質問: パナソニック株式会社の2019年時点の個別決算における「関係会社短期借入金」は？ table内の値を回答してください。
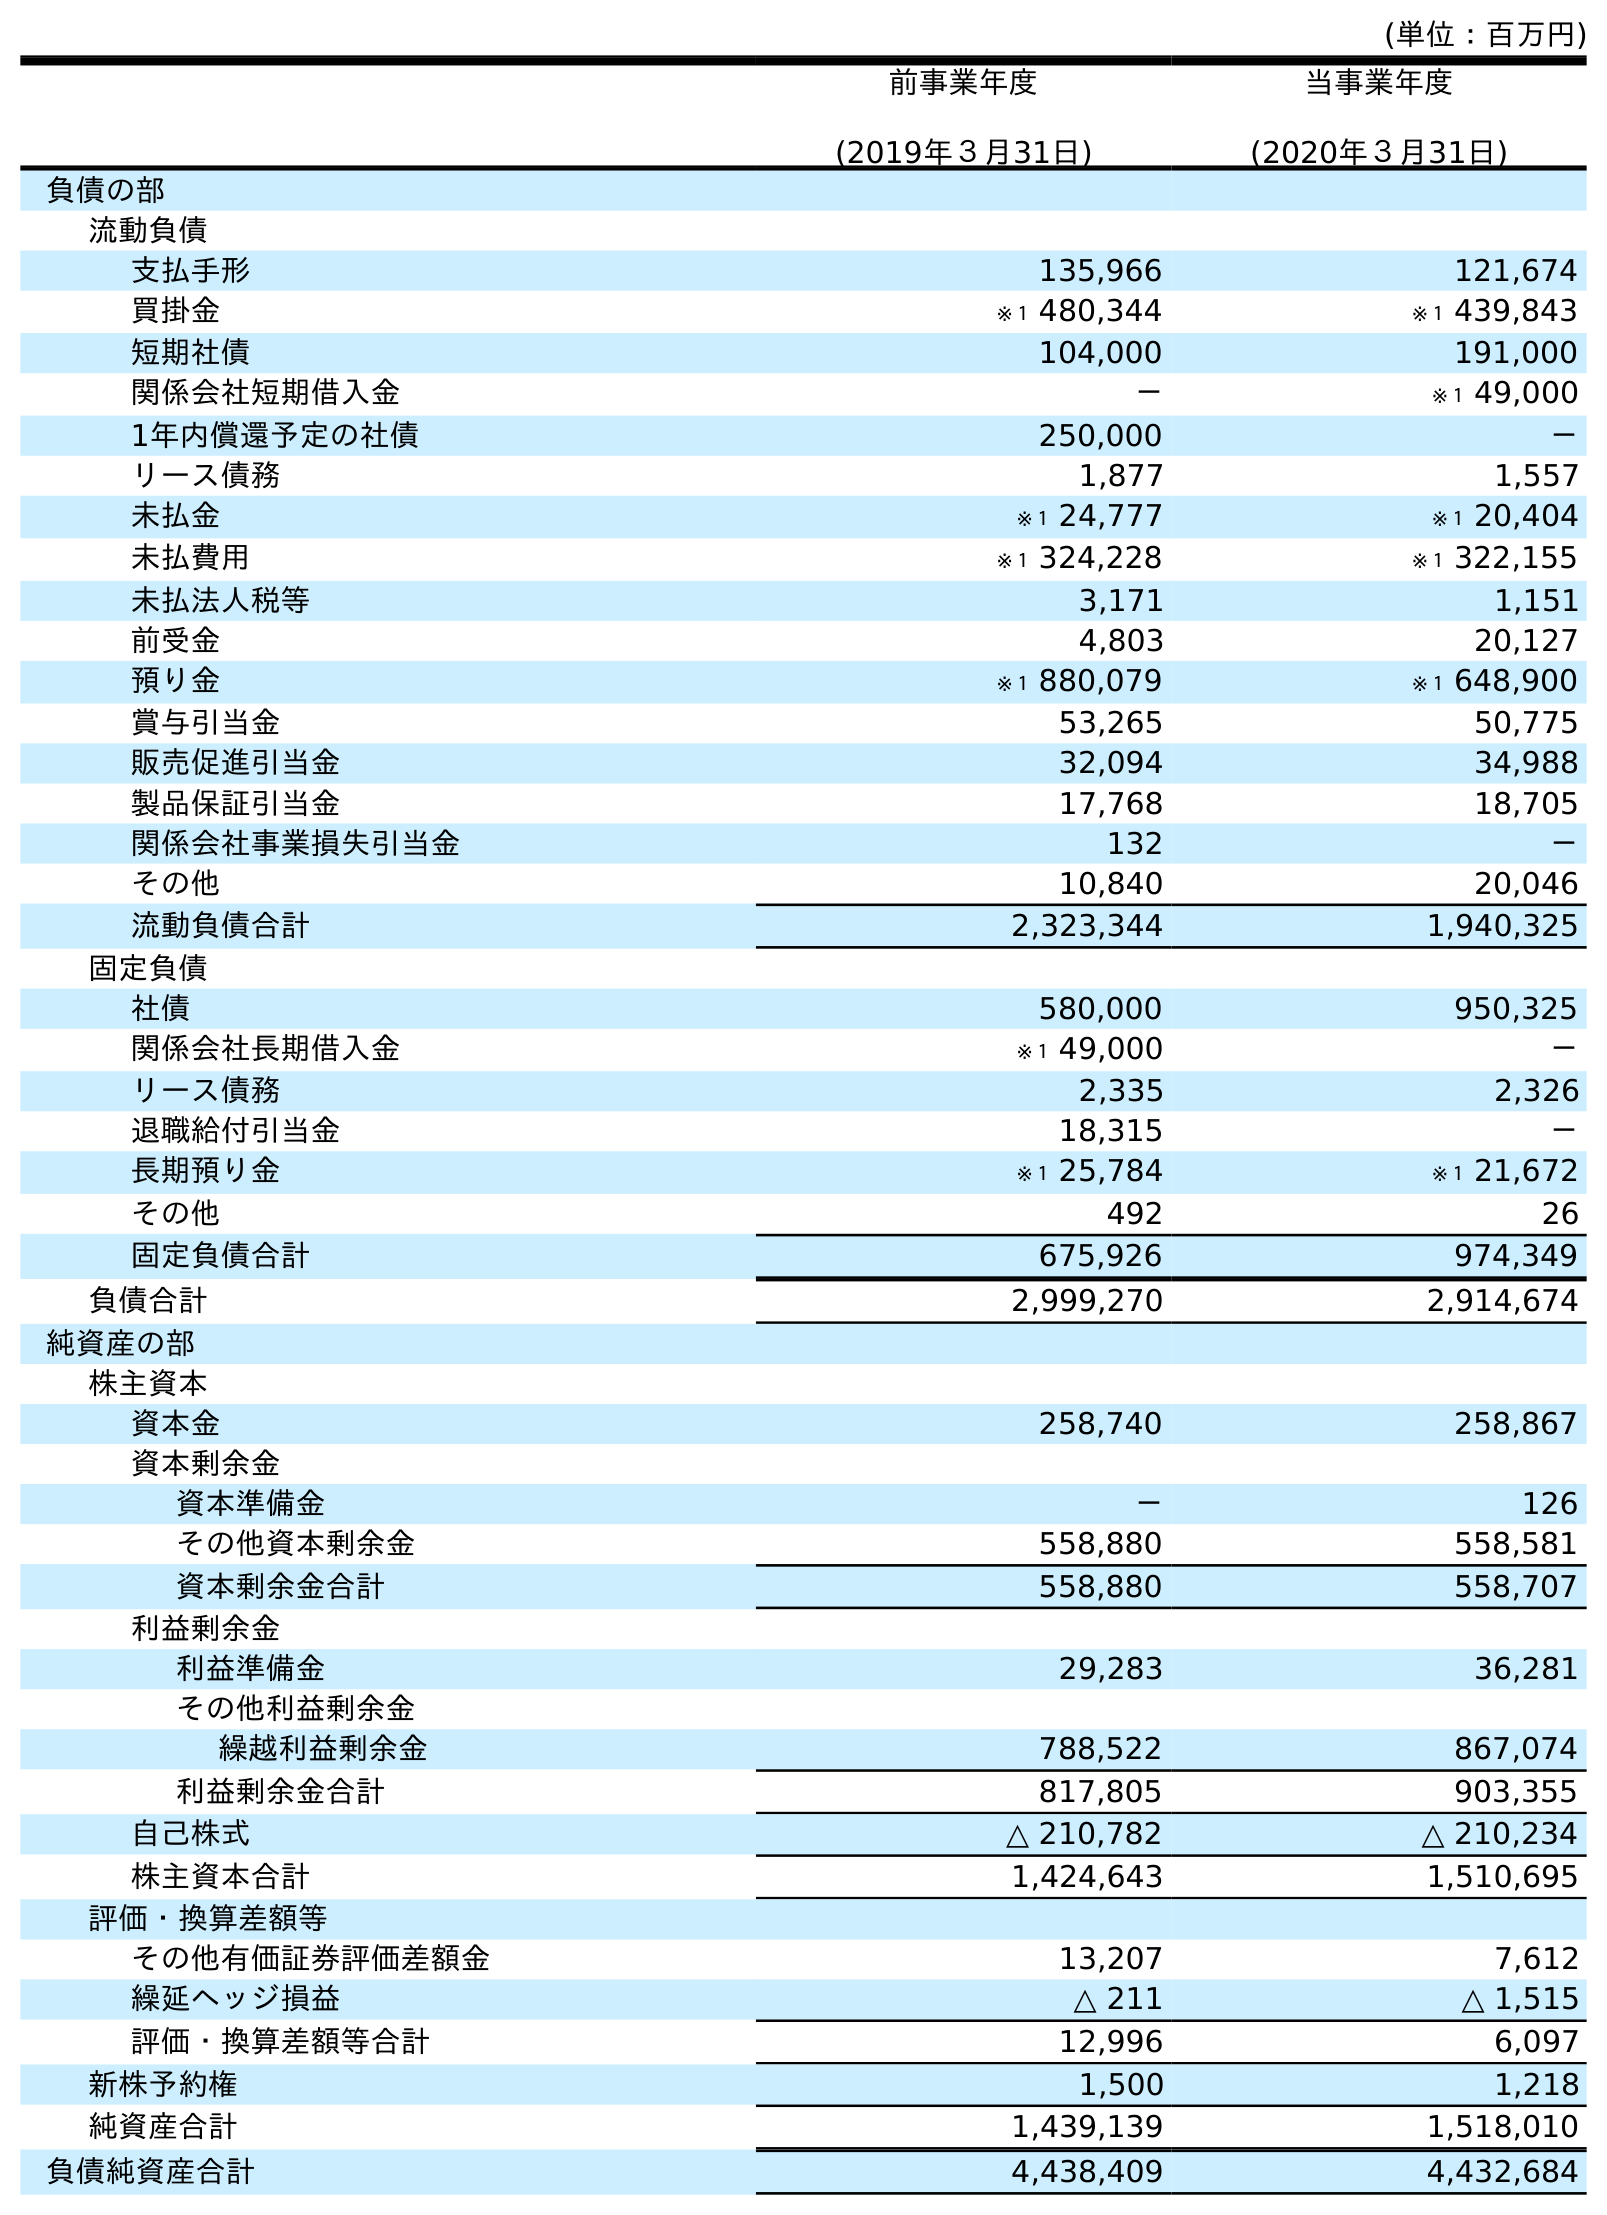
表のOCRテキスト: (単位：百万円) 前事業年度 (2019年３月31日) 当事業年度 (2020年３月31日) 負債の部 流動負債 支払手形 135,966 121,674 買掛金 ※１ 480,344 ※１ 439,843 短期社債 104,000 191,000 関係会社短期借入金 － ※１ 49,000 1年内償還予定の社債 250,000 － リース債務 1,877 1,557 未払金 ※１ 24,777 ※１ 20,404 未払費用 ※１ 324,228 ※１ 322,155 未払法人税等 3,171 1,151 前受金 4,803 20,127 預り金 ※１ 880,079 ※１ 648,900 賞与引当金 53,265 50,775 販売促進引当金 32,094 34,988 製品保証引当金 17,768 18,705 関係会社事業損失引当金 132 － その他 10,840 20,046 流動負債合計 2,323,344 1,940,325 固定負債 社債 580,000 950,325 関係会社長期借入金 ※１ 49,000 － リース債務 2,335 2,326 退職給付引当金 18,315 － 長期預り金 ※１ 25,784 ※１ 21,672 その他 492 26 固定負債合計 675,926 974,349 負債合計 2,999,270 2,914,674 純資産の部 株主資本 資本金 258,740 258,867 資本剰余金 資本準備金 － 126 その他資本剰余金 558,880 558,581 資本剰余金合計 558,880 558,707 利益剰余金 利益準備金 29,283 36,281 その他利益剰余金 繰越利益剰余金 788,522 867,074 利益剰余金合計 817,805 903,355 自己株式 △ 210,782 △ 210,234 株主資本合計 1,424,643 1,510,695 評価・換算差額等 その他有価証券評価差額金 13,207 7,612 繰延ヘッジ損益 △ 211 △ 1,515 評価・換算差額等合計 12,996 6,097 新株予約権 1,500 1,218 純資産合計 1,439,139 1,518,010 負債純資産合計 4,438,409 4,432,684
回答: －